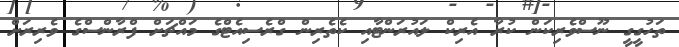
ތަހުގީގީ ނޫސްވެރިކަން ކުރާ އެރިކް ލައުރަންޓާއި ކެތެރިން ގްރެސިއެޓްގެ މައްޗަށް ފްރާންސްގެ ވެރިރަށް